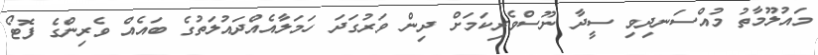
މައުލޫމާތު މުއްސަނދިވި ސީދާ ނޫސްވެރިކަމަށް ދިން ވަރުގަދަ ހަމަލާއެއްދައުލަތުގެ ބައެއް ވެރިންގެ ފޮޓޯ